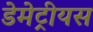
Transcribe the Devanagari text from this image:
डेमेट्रीयस